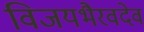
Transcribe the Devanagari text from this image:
विजयभैरवदेव